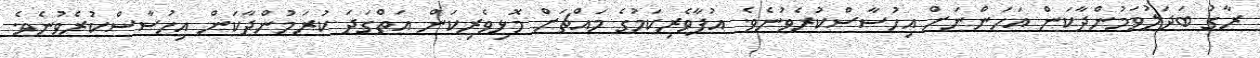
ރާގު ބަދަލުވަމުންދާކަން އަހަންނަށް އިހުސާސްކުރެވުނެވެ. އުފާވެރިކަމުގެ މައްޗަށް މޮޅިވެރިކަން އަތްގަދަ ކުރަމުންދާކަން އިހުސާސްކުރެވުނެވެ.